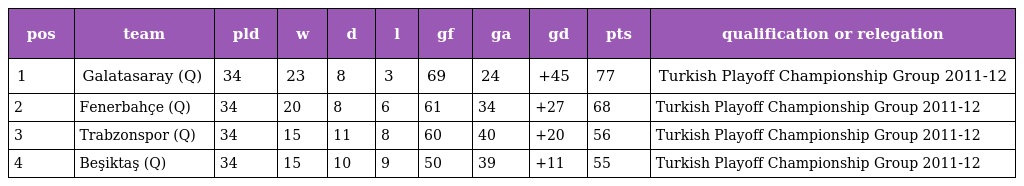
| pos | team | pld | w | d | l | gf | ga | gd | pts | qualification or relegation |
 | --- | --- | --- | --- | --- | --- | --- | --- | --- | --- | --- |
 | 1 | Galatasaray (Q) | 34 | 23 | 8 | 3 | 69 | 24 | +45 | 77 | Turkish Playoff Championship Group 2011-12 |
 | 2 | Fenerbahçe (Q) | 34 | 20 | 8 | 6 | 61 | 34 | +27 | 68 | Turkish Playoff Championship Group 2011-12 |
 | 3 | Trabzonspor (Q) | 34 | 15 | 11 | 8 | 60 | 40 | +20 | 56 | Turkish Playoff Championship Group 2011-12 |
 | 4 | Beşiktaş (Q) | 34 | 15 | 10 | 9 | 50 | 39 | +11 | 55 | Turkish Playoff Championship Group 2011-12 |